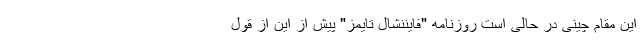
این مقام چینی در حالی است روزنامه "فایننشال تایمز" پیش از این از قول